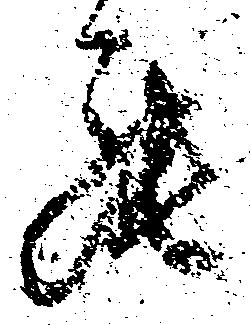
罷